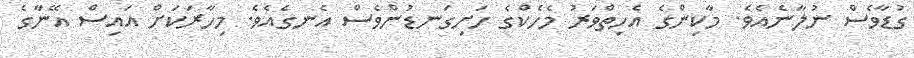
ގުޑާވެސް ނުލާނެއެވެ. މާކިންގެ އެހިތްވަރު މެހެކްގެ ހަށިގަނޑުންވެސް އެނގެއެވެ. މިހާރަކަށް އައިސް އޭނާގެ